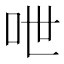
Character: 呭